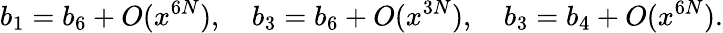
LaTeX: b_{1}=b_{6}+O(x^{6N}),\quad b_{3}=b_{6}+O(x^{3N}),\quad b_{3}=b_{4}+O(x^{6N}).